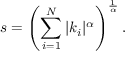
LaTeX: s = \left( \sum _ { i = 1 } ^ { N } | k _ { i } | ^ { \alpha } \right) ^ { \frac { 1 } { \alpha } } .